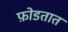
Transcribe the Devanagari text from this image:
फ़ोडतात